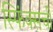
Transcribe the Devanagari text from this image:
स्फिंक्सची